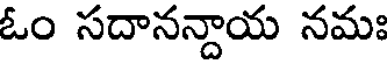
ఓం సదానన్దాయ నమః